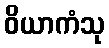
ဝိယာကံသု